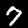
Label: 7